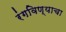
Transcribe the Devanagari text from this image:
रंगविण्याचा